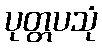
ပုတ္တပသုံ